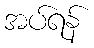
အပ်ရန်